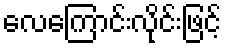
လေကြောင်းလိုင်းဖြင့်